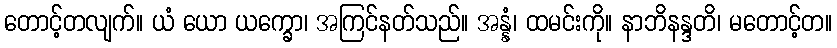
တောင့်တလျက်။ ယံ ယော ယက္ခော၊ အကြင်နတ်သည်။ အန္နံ၊ ထမင်းကို။ နာဘိနန္ဒတိ၊ မတောင့်တ။